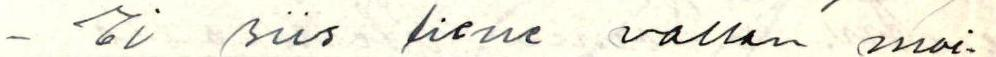
- Ei siis liene vallan moi-